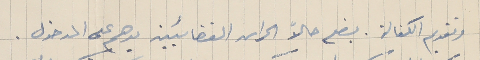
وتقديم الكفالة. يضع حالاً الحراس القضائيين يدهم على المدخول.